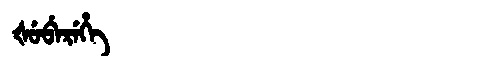
Manchu: ᡧᡠᠪᡝᡵᡝᡥᡝ
Romanization: ŠUBEREHE